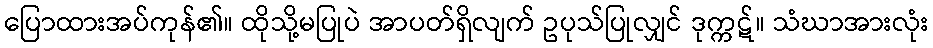
ပြောထားအပ်ကုန်၏။ ထိုသို့မပြုပဲ အာပတ်ရှိလျက် ဥပုသ်ပြုလျှင် ဒုက္ကဋ်။ သံဃာအားလုံး